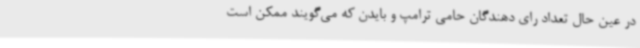
در عین حال تعداد رای دهندگان حامی ترامپ و بایدن که می‌گویند ممکن است